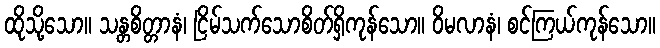
ထိုသို့သော။ သန္တစိတ္တာနံ၊ ငြိမ်သက်သောစိတ်ရှိကုန်သော။ ဝိမလာနံ၊ စင်ကြယ်ကုန်သော။